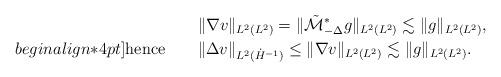
LaTeX: \begin{align*}&\|\nabla v\|_{L^2(L^2)}=\|\tilde{\mathcal{M}}_{-\Delta}^*g\|_{L^2(L^2)}\lesssim\|g\|_{L^2(L^2)},\\begin{align*}4pt]\mbox{hence}\qquad&\|\Delta v\|_{L^2(\dot H^{-1})} \le\|\nabla v\|_{L^2(L^2)}\lesssim\|g\|_{L^2(L^2)}.\end{align*}